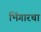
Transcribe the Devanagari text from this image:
भिंगारचा